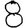
Digit: 8